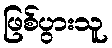
ဖြစ်ပွားသူ